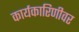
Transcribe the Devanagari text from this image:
कार्यकारिणीवर